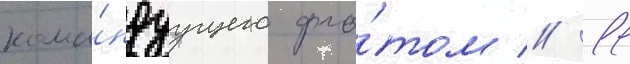
кома́ндуущего фло́том // 11